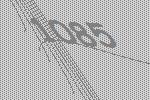
1085